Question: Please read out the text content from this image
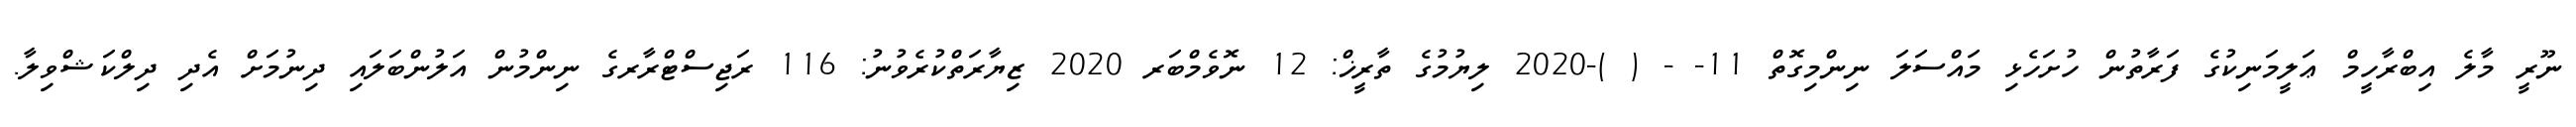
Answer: ނޫރީ މާލެ އިބްރާހީމް ޢަލީމަނިކުގެ ފަރާތުން ހުށަހެޅި މައްސަލަ ނިންމިގޮތް 11- - ( )-2020 ލިޔުމުގެ ތާރީޚް: 12 ނޮވެމްބަރ 2020 ޒިޔާރަތްކުރެވުނު: 116 ރަޖިސްޓްރާރގެ ނިންމުން އަލުންބަލައި ދިނުމަށް އެދި ދިލްކަޝްވިލާ.